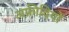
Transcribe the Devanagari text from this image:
अफ्रीदियों